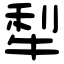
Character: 犁